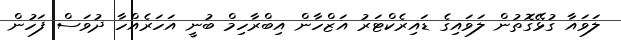
ލަވައާ ގުޅޭގޮތުން ލަވައިގެ ޑައިރެކްޓަރު އަޒްހާން އިބްރާހިމް ބުނީ އަހަރެއްހާ ދުވަސް ފަހުން